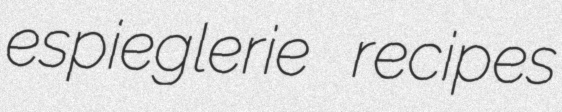
espieglerie recipes